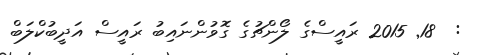
:  18